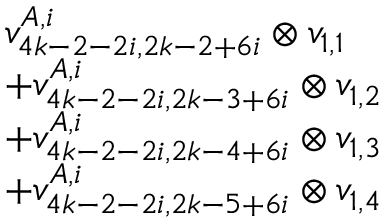
\begin{array} { r l } & { v _ { 4 k - 2 - 2 i , 2 k - 2 + 6 i } ^ { A , i } \otimes v _ { 1 , 1 } } \\ & { + v _ { 4 k - 2 - 2 i , 2 k - 3 + 6 i } ^ { A , i } \otimes v _ { 1 , 2 } } \\ & { + v _ { 4 k - 2 - 2 i , 2 k - 4 + 6 i } ^ { A , i } \otimes v _ { 1 , 3 } } \\ & { + v _ { 4 k - 2 - 2 i , 2 k - 5 + 6 i } ^ { A , i } \otimes v _ { 1 , 4 } } \end{array}